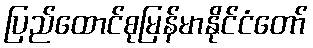
ပြည်ထောင်စုမြန်မာနိုင်ငံတော်